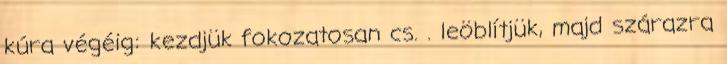
kúra végéig: kezdjük fokozatosan cs. . leöblítjük, majd szárazra